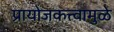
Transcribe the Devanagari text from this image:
प्रायोजकत्त्वामुळे